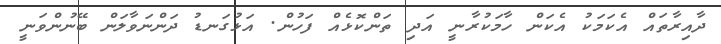
ދާއިރާތައް އެކަމަކު އެކަން ހާމަކުރާނީ އަދި ތަންކޮޅެއް ފަހުން. އަޅުގަނޑު ދަންނަވާލަން ބޭނުންވަނީ